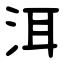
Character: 洱